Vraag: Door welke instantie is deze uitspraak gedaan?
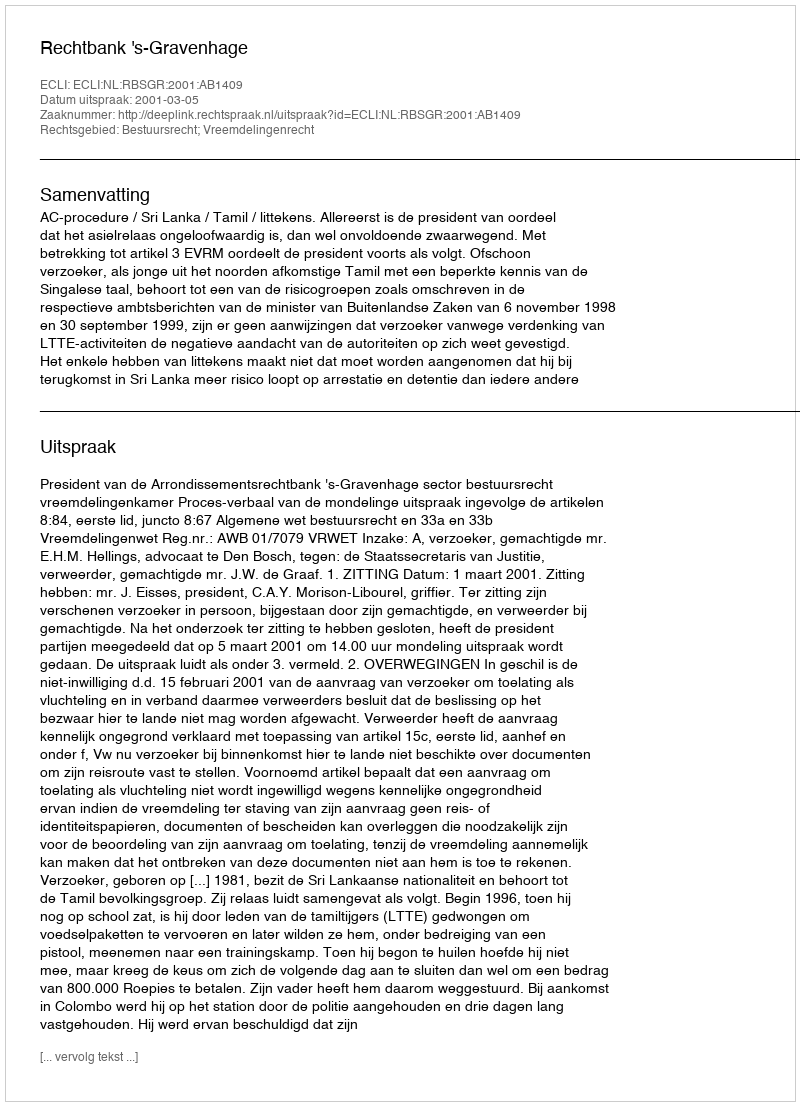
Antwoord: Rechtbank 's-Gravenhage